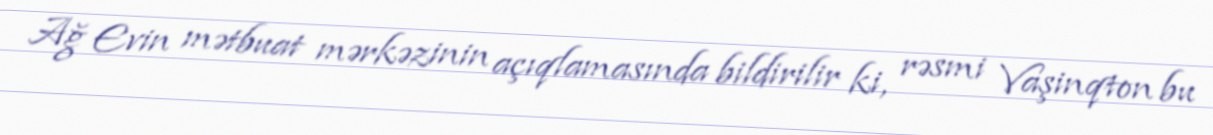
Ağ Evin mətbuat mərkəzinin açıqlamasında bildirilir ki, rəsmi Vaşinqton bu